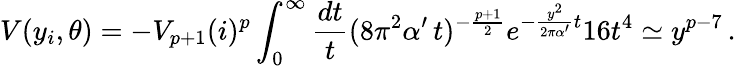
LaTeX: V(y_{i},\theta)=-V_{p+1}(i)^{p}\int_{0}^{\infty}\frac{dt}{t}(8\pi^{2}\alpha^{\prime}\, t)^{-\frac{p+1}{2}}e^{-\frac{y^{2}}{2\pi\alpha^{\prime}}t}16t^{4}\simeq y^{p-7}\, .